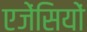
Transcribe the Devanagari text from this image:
एजेंसियों